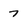
Character: 7